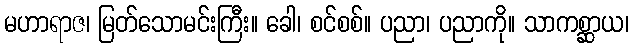
မဟာရာဇ၊ မြတ်သောမင်းကြီး။ ခေါ၊ စင်စစ်။ ပညာ၊ ပညာကို။ သာကစ္ဆာယ၊